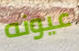
عيونه